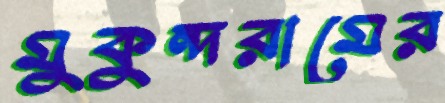
মুকুন্দরামের